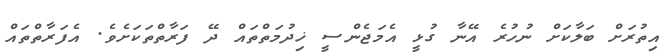
އިތުރަށް ބަލާކަށް ނުހުރެ އޭނާ ގުޅީ އެމަޖެންސީ ޚިދުމަތްތައް ދޭ ފަރާތްތަކަށެވެ. އެފަރާތްތައް